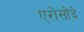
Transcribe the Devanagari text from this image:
एरोसोंदे